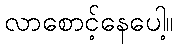
လာစောင့်နေပေါ့။